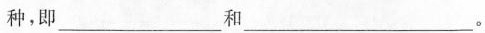
种，即___和___。